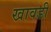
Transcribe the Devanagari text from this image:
खावडी